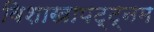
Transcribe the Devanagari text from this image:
विशाखापट्ट्नम